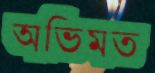
অভিমত